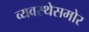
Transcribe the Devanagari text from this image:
व्यवस्थेसमोर